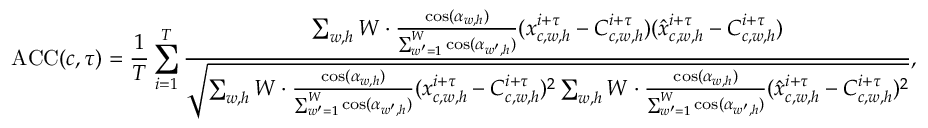
\operatorname { A C C } ( c , \tau ) = \frac { 1 } { T } \sum _ { i = 1 } ^ { T } \frac { \sum _ { w , h } W \cdot \frac { \cos ( \alpha _ { w , h } ) } { \sum _ { w ^ { \prime } = 1 } ^ { W } \cos ( \alpha _ { w ^ { \prime } , h } ) } ( x _ { c , w , h } ^ { i + \tau } - C _ { c , w , h } ^ { i + \tau } ) ( \hat { x } _ { c , w , h } ^ { i + \tau } - C _ { c , w , h } ^ { i + \tau } ) } { \sqrt { \sum _ { w , h } W \cdot \frac { \cos ( \alpha _ { w , h } ) } { \sum _ { w ^ { \prime } = 1 } ^ { W } \cos ( \alpha _ { w ^ { \prime } , h } ) } ( x _ { c , w , h } ^ { i + \tau } - C _ { c , w , h } ^ { i + \tau } ) ^ { 2 } \sum _ { w , h } W \cdot \frac { \cos ( \alpha _ { w , h } ) } { \sum _ { w ^ { \prime } = 1 } ^ { W } \cos ( \alpha _ { w ^ { \prime } , h } ) } ( \hat { x } _ { c , w , h } ^ { i + \tau } - C _ { c , w , h } ^ { i + \tau } ) ^ { 2 } } } ,